Vaccination North-Western Provinces 1866-1877 - 1866-1877
Year: 1866
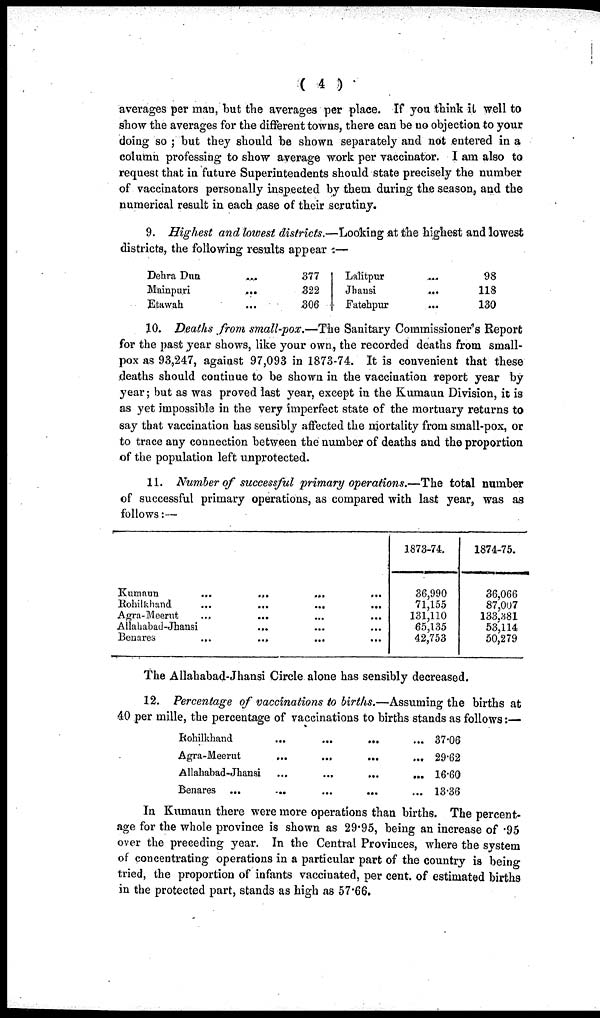
( 4 )
averages per man, but the averages per place. If you think it well to
show the averages for the different towns, there can be no objection to your
doing so ; but they should be shown separately and not entered in a
column professing to show average work per vaccinator. I am also to
request that in future Superintendents should state precisely the number
of vaccinators personally inspected by them during the season, and the
numerical result in each case of their scrutiny.
9. Highest and lowest districts.—Looking at the highest and lowest
districts, the following results appear :—
Dehra Dun
...
Mainpuri
...
Etawah
...
377
322
306
Lalitpur
...
Jhansi
...
Fatehpur
...
98
118
130
10. Deaths from small-pox.—The Sanitary Commissioner's Report
for the past year shows, like your own, the recorded deaths from small-
pox as 93,247, against 97,093 in 1873-74. It is convenient that these
deaths should continue to be shown in the vaccination report year by
year; but as was proved last year, except in the Kumaun Division, it is
as yet impossible in the very imperfect state of the mortuary returns to
say that vaccination has sensibly affected the mortality from small-pox, or
to trace any connection between the number of deaths and the proportion
of the population left unprotected.
11. Number of successful primary operations.—The total number
of successful primary operations, as compared with last year, was as
follows:—
Kumaun ... ... ... ...
Rohilkhand ... ... ... ...
Agra-Meerut ... ... ... ...
Allahabad-Jhansi ... ... ... ...
Benares ... ... ... ...
1873-74.
36,990
71,155
131,110
65,135
42,753
1874-75.
36,066
87,007
133,381
53,114
50,279
The Allahabad-Jhansi Circle alone has sensibly decreased.
12. Percentage of vaccinations to births.—Assuming the births at
40 per mille, the percentage of vaccinations to births stands as follows:—
Rohilkhand ... ... ... ...
Agra-Meerut ... ... ... ...
Allahabad-Jhansi ... ... ... ...
Benares
...
...
...
...
...
37.06
29.62
16.60
13.36
In Kumaun there were more operations than births. The percent-
age for the whole province is shown as 29.95, being an increase of .95
over the preceding year. In the Central Provinces, where the system
of concentrating operations in a particular part of the country is being
tried, the proportion of infants vaccinated, per cent. of estimated births
in the protected part, stands as high as 57.66.